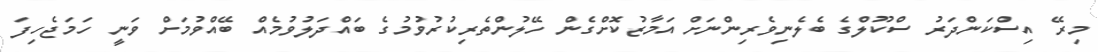
މިރޭ އިސްކަންދަރު ސްކޫލްގެ ބެލެނިވެރިންނަށް އަމާޒުކޮށްގެން ހޭލުންތެރިކުރުވުމުގެ ބައްދަލުވުމެއް ބޭއްވުމަށް ވަނީ ހަމަޖެހިފަ